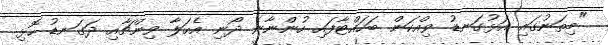
"މިތަނުގައި އަޅުގަނޑު ވިއްކަން ބަހައްޓާފައި ހުންނާނެ ދޯނި އެހަލާ ވިންޗާއި ދަގަނޑު ހޮޅި